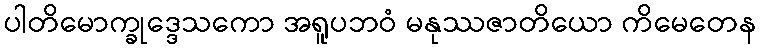
ပါတိမောက္ခုဒ္ဒေသကော အရူပဘဝံ မနုဿဇာတိယော ကိမေတေန